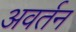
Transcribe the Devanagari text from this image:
अवर्तन